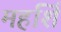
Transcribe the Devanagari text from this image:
महर्शि